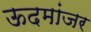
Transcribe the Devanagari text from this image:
ऊदमांजर